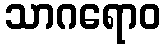
သာဂရောဝ